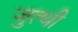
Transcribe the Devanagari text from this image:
जुत्थी